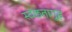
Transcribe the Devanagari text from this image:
स्वछतागृह